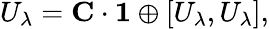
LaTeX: U_{\lambda}={\mathbf C}\cdot{\mathbf 1}\oplus[U_{\lambda},U_{\lambda}],